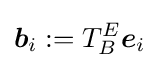
{\boldsymbol {b}}_{i}:=T_{B}^{E}{\boldsymbol {e}}_{i}